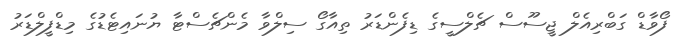
ފޯވާޑް ގަބްރިއެލް ޖީސޫސް ޗެލްސީގެ ޑިފެންޑަރު ތިއާގޯ ސިލްވާ މެންޗެސްޓާ ޔުނައިޓެޑުގެ މިޑްފީލްޑަރު